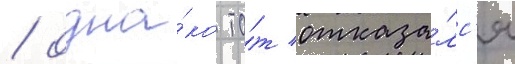
/ одна́ко то́т отказа́лс'я